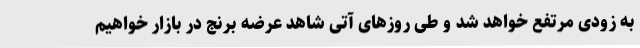
به زودی مرتفع خواهد شد و طی روزهای آتی شاهد عرضه برنج در بازار خواهیم